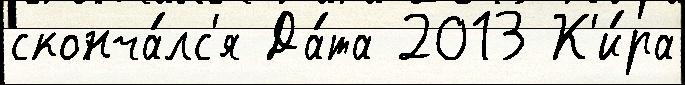
сконча́лс'я Да́та 2013 К'и́ра